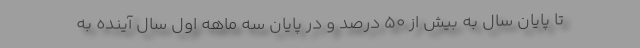
تا پایان سال به بیش از 50 درصد و در پایان سه ماهه اول سال آینده به